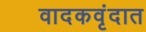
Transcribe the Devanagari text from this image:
वादकवृंदात